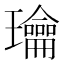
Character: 𰢙